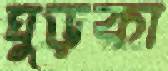
ঘুড়কা